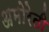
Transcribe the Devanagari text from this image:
अमोरेती